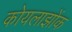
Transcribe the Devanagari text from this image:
कोयलाझोंक